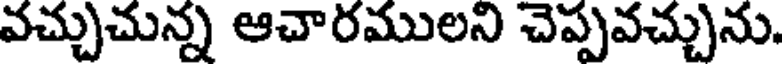
వచ్చుచున్న ఆచారములని చెప్పవచ్చును.